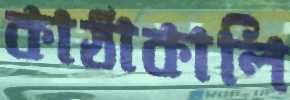
কাঠাকালি